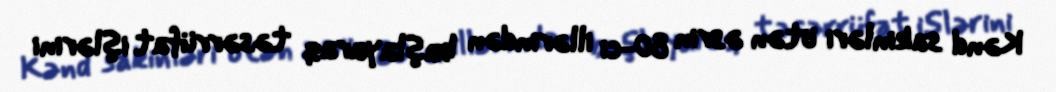
Kənd sakinləri ötən əsrin 80-ci illərindən başlayaraq təsərrüfat işlərini